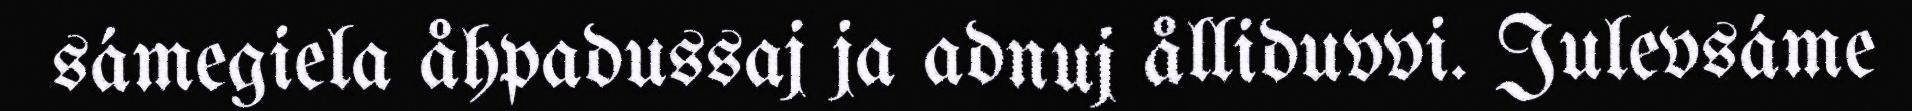
sámegiela åhpadussaj ja adnuj ålliduvvi. Julevsáme